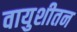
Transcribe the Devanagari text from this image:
वायुशीतन